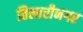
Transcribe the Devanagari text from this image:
तिलारीनगर